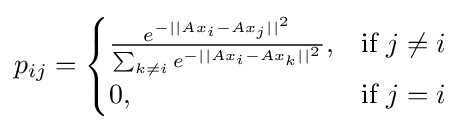
p_{ij}={\begin{cases}{\frac {e^{-||Ax_{i}-Ax_{j}||^{2}}}{\sum _{k\neq i}e^{-||Ax_{i}-Ax_{k}||^{2}}}},&{\mbox{if }}j\neq i\\0,&{\mbox{if }}j=i\end{cases}}